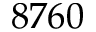
8 7 6 0